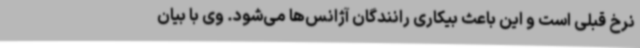
نرخ قبلی است و این باعث بیکاری رانندگان آژانس‌ها می‌شود. وی با بیان